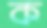
ক